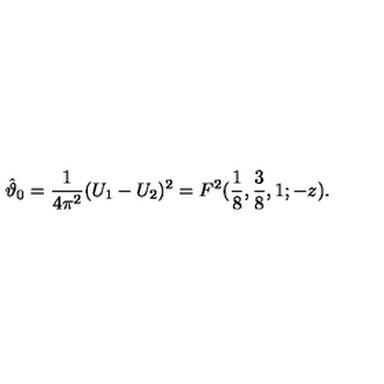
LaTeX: \hat { \vartheta } _ { 0 } = { \frac { 1 } { 4 \pi ^ { 2 } } } ( U _ { 1 } - U _ { 2 } ) ^ { 2 } = F ^ { 2 } ( { \frac { 1 } { 8 } } , { \frac { 3 } { 8 } } , 1 ; - z ) .